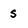
Character: s